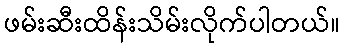
ဖမ်းဆီးထိန်းသိမ်းလိုက်ပါတယ်။